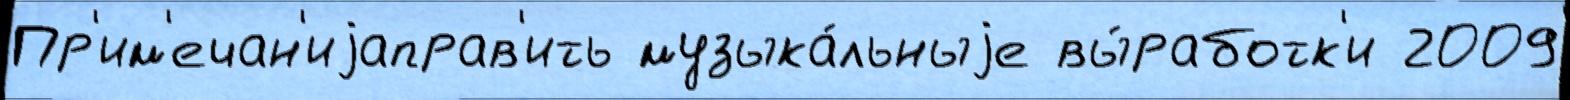
Пр'им'ечан'иjаправ'ить музыка́льныjе вы́работк'и 2009